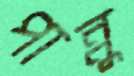
পান্নু